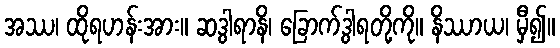
အဿ၊ ထိုရဟန်းအား။ ဆဒွါရာနိ၊ ခြောက်ဒွါရတို့ကို။ နိဿာယ၊ မှီ၍။